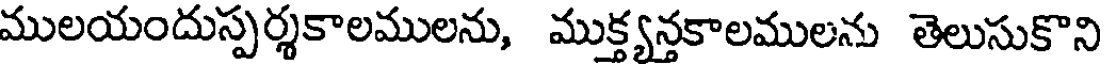
ములయందుస్పర్శకాలములను, ముక్త్యన్తకాలములను తెలుసుకొని